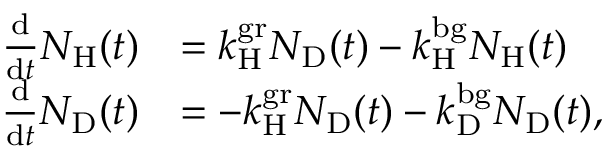
\begin{array} { r l } { \frac { \mathrm { d } } { \mathrm { d } t } N _ { \mathrm { H } } ( t ) } & { = k _ { \mathrm { H } } ^ { \mathrm { g r } } N _ { \mathrm { D } } ( t ) - k _ { \mathrm { H } } ^ { \mathrm { b g } } N _ { \mathrm { H } } ( t ) } \\ { \frac { \mathrm { d } } { \mathrm { d } t } N _ { \mathrm { D } } ( t ) } & { = - k _ { \mathrm { H } } ^ { \mathrm { g r } } N _ { \mathrm { D } } ( t ) - k _ { \mathrm { D } } ^ { \mathrm { b g } } N _ { \mathrm { D } } ( t ) , } \end{array}